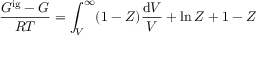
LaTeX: { \frac { G ^ { \mathrm { i g } } - G } { R T } } = \int _ { V } ^ { \infty } ( 1 - Z ) { \frac { \mathrm { d } V } { V } } + \ln Z + 1 - Z